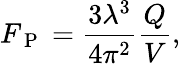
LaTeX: F_{\mathrm{~P~}}=\frac{3\lambda^{3}}{4\pi^{2}}\frac{Q}{V},